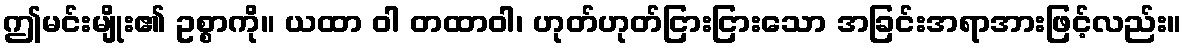
ဤမင်းမျိုး၏ ဥစ္စာကို။ ယထာ ဝါ တထာဝါ၊ ဟုတ်ဟုတ်ငြားငြားသော အခြင်းအရာအားဖြင့်လည်း။